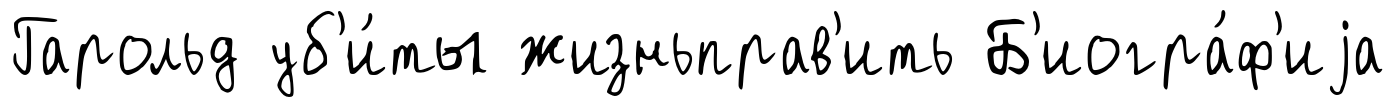
Гарольд уб'и́ты жизньправ'ить Б'иогра́ф'иjа